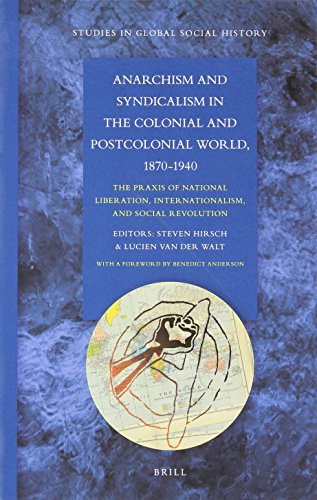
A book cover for Anarchism and Syndicalism in the Colonial and Postcolonial World, 1870-1940 (Studies in Global Social History); Edited by Steven Hirsch and Lucien van der Walt; Politics & Social Sciences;